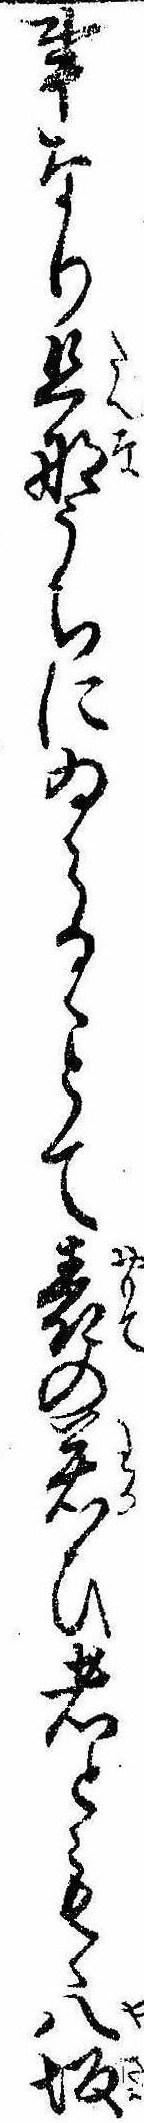
事なり旦那うちにゐらるゝとて表の若ひ者ともゝ八坂